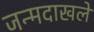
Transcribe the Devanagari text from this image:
जन्मदाखले